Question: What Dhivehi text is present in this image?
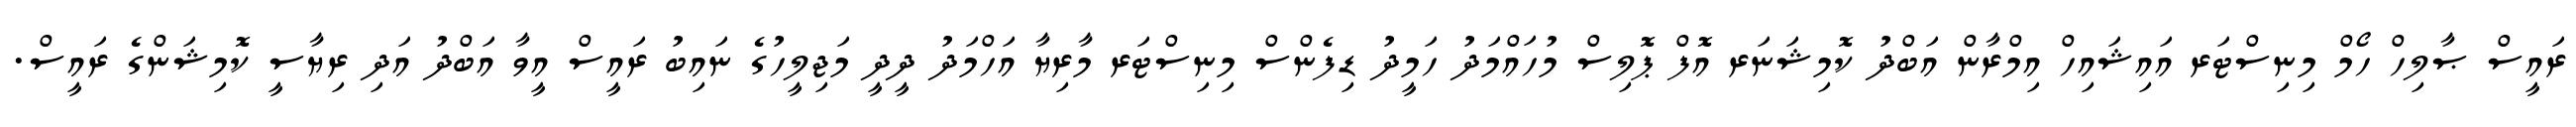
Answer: ރައީސް ޞާލިހް ހޯމް މިނިސްޓަރ އައިޝައިހް އިމްރާން އަބްދު ކޮމިޝަނަރ އޮފް ޕޮލިސް މުހައްމަދު ހަމީދު ޑިފެންސް މިނިސްޓަރ މާރިޔާ އަހްމަދު ދީދީ މަޖިލީހުގެ ނައިބު ރައީސް އީވާ އަބްދު އަދި ރިޔާސީ ކޮމިޝަންގެ ރައީސް.